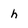
Character: h